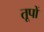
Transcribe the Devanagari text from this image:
तूपों